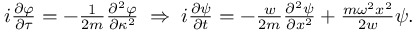
\begin{array} { r } { i \frac { \partial \varphi } { \partial \tau } = - \frac { 1 } { 2 m } \frac { \partial ^ { 2 } \varphi } { \partial \kappa ^ { 2 } } \; \Rightarrow \; i \frac { \partial \psi } { \partial t } = - \frac { w } { 2 m } \frac { \partial ^ { 2 } \psi } { \partial x ^ { 2 } } + \frac { m \omega ^ { 2 } x ^ { 2 } } { 2 w } \psi . } \end{array}